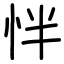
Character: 怑